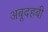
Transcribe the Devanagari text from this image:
अबूदहबी